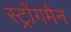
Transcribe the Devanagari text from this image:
स्ट्रोंगमैन